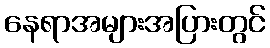
နေရာအများအပြားတွင်